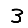
Digit: 3